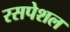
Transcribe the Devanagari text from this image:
रसपेशल